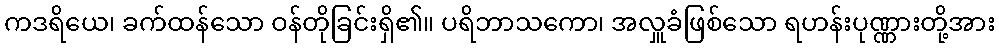
ကဒရိယေ၊ ခက်ထန်သော ဝန်တိုခြင်းရှိ၏။ ပရိဘာသကော၊ အလှူခံဖြစ်သော ရဟန်းပုဏ္ဏားတို့အား